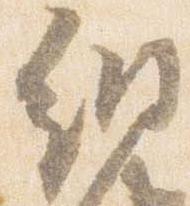
網